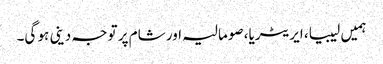
ہمیں لیبیا، ایریٹریا، صومالیہ اور شام پر توجہ دینی ہو گی۔